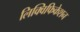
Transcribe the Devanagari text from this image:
लिक्विफिकेशन